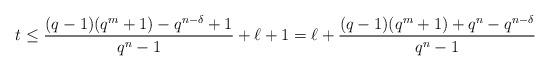
LaTeX: \begin{align*} t\leq\frac{(q-1)(q^m+1)-q^{n-\delta}+1}{q^n-1}+\ell+1=\ell+\frac{(q-1)(q^m+1)+q^n-q^{n-\delta}}{q^n-1}\end{align*}